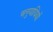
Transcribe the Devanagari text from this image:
अनुयायियों